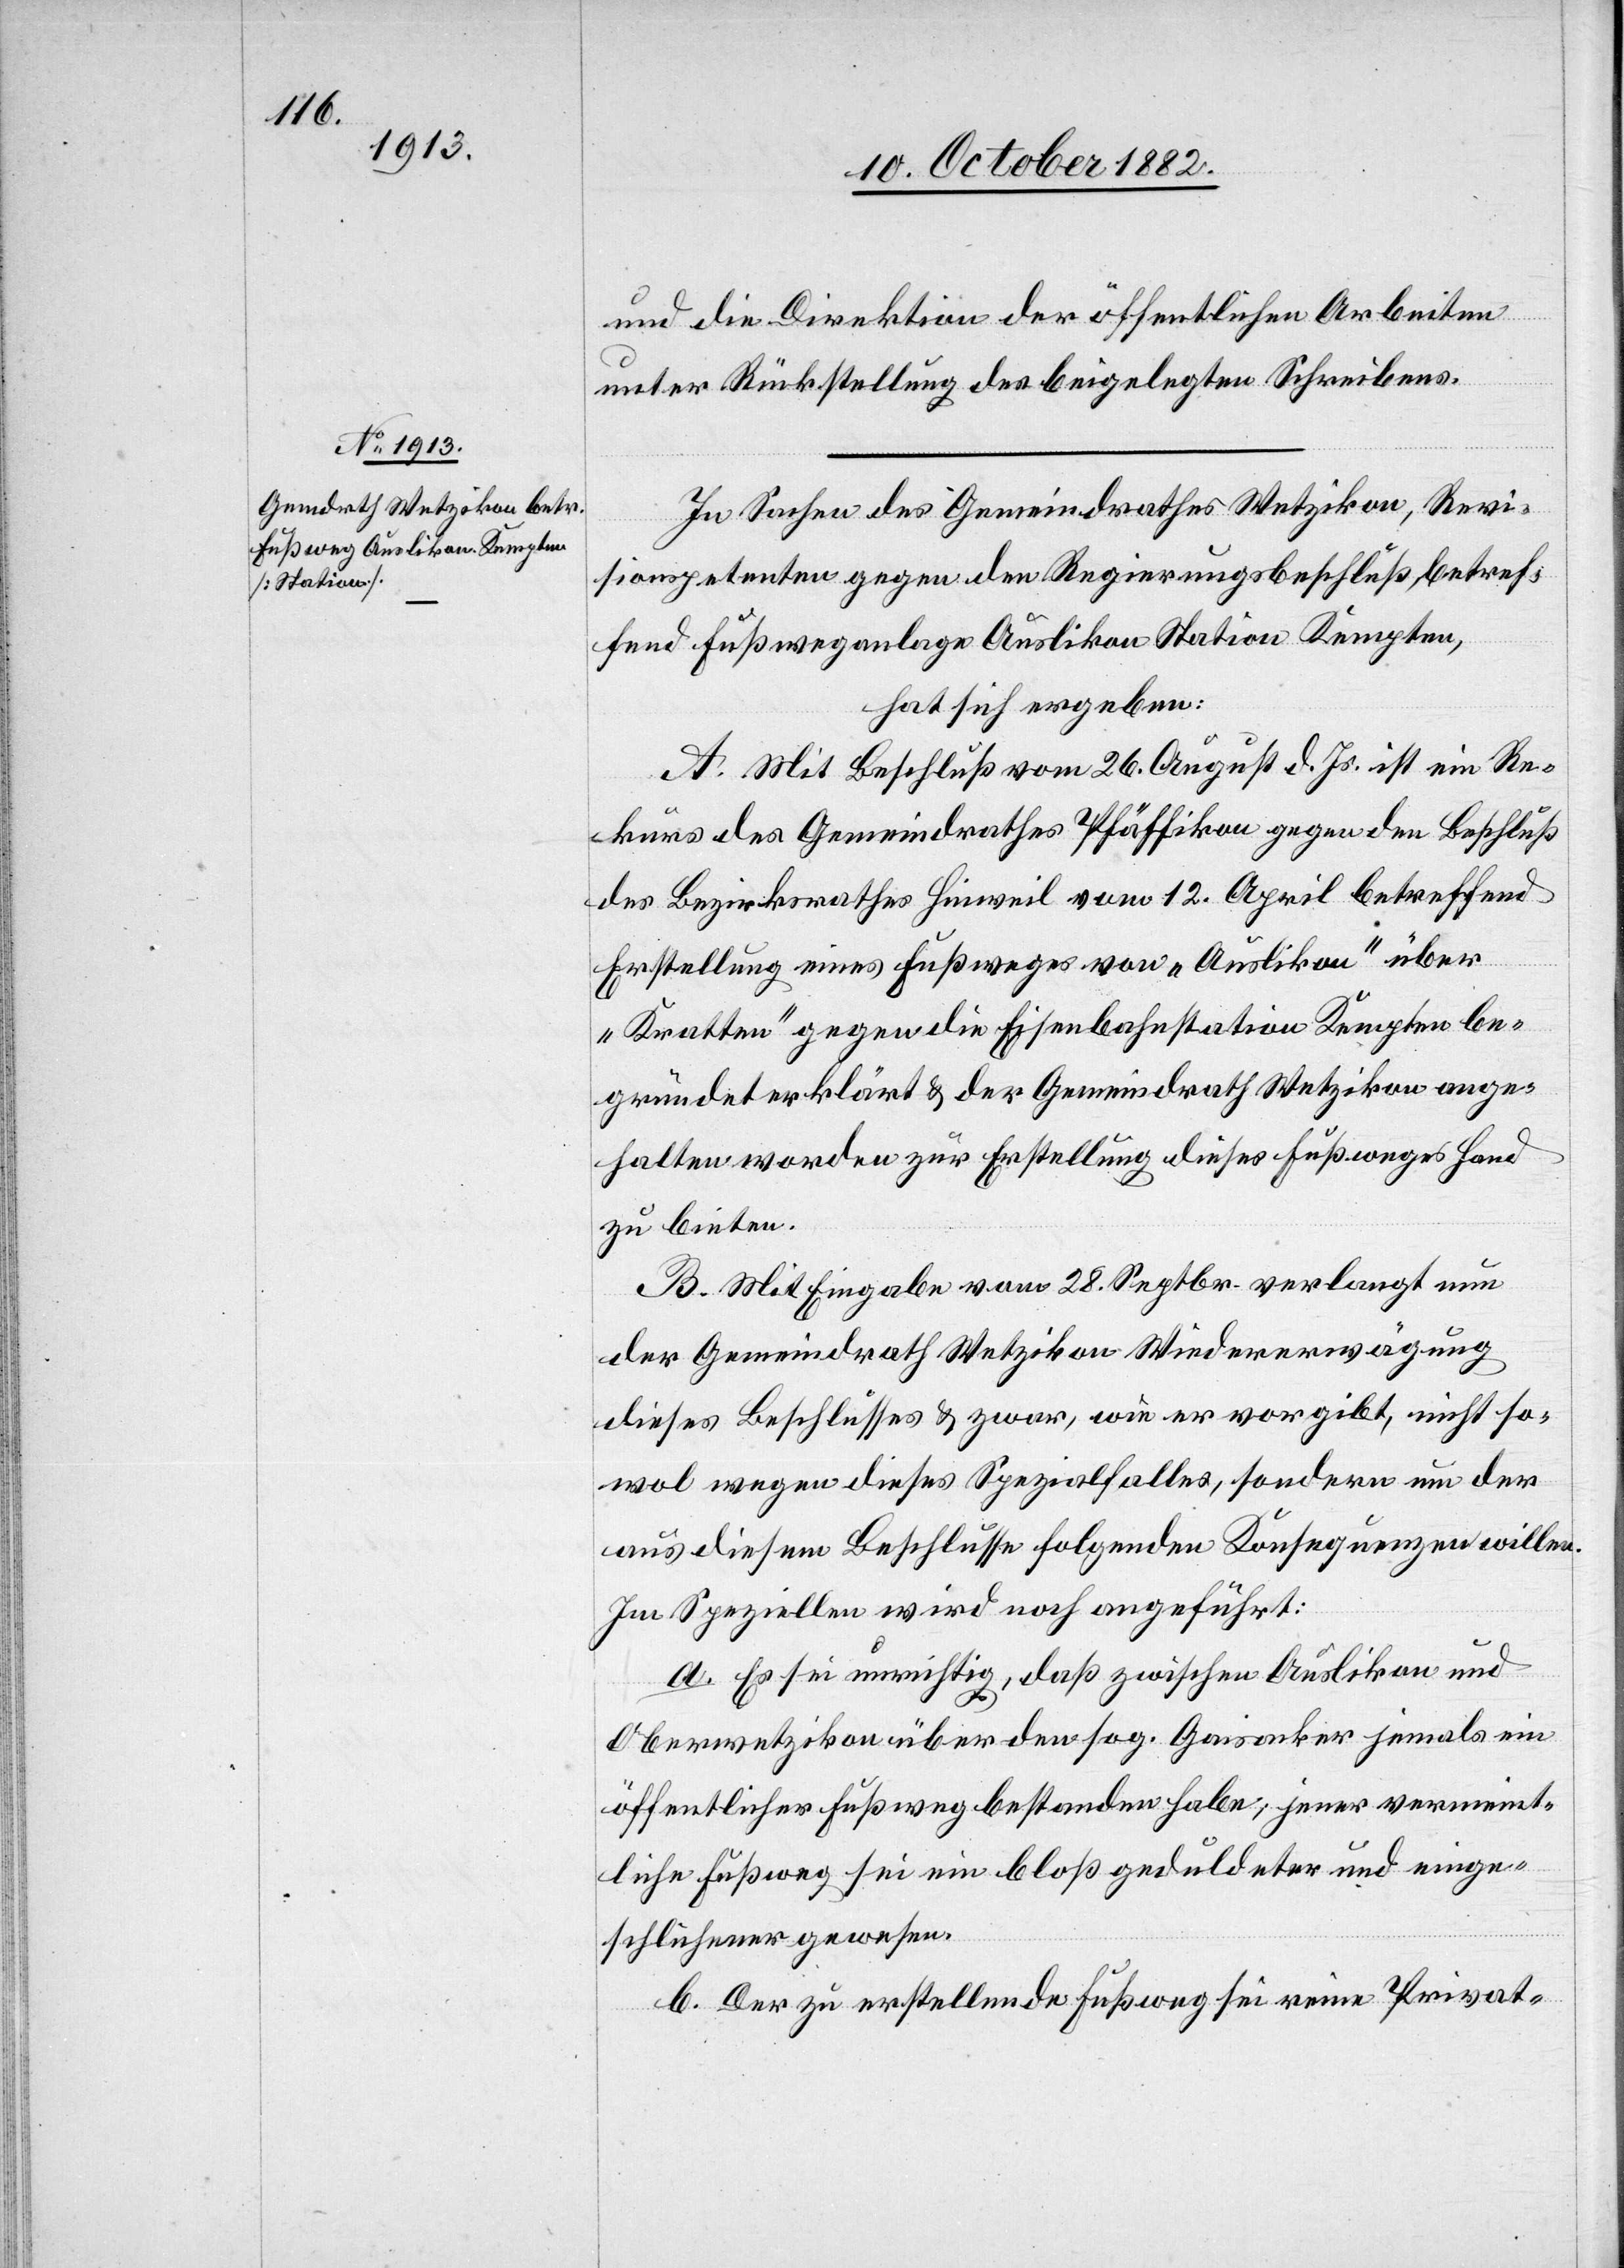
und die Direktion der öffentlichen Arbeiten
unter Rückstellung des beigelegten Schreibens.
In Sachen des Gemeindrathes Wetzikon, Revi¬
sionspetenten gegen den Regierungsbeschluß, betref¬
fend Fußweganlage Auslikon Station Kempten,
hat sich ergeben:
A. Mit Beschluß vom 26. August d. Js. ist ein Re¬
kurs des Gemeindrathes Pfäffikon gegen den Beschluß
des Bezirksrathes Hinweil vom 12. April betreffend
Erstellung eines Fußweges von „Auslikon“ über
„Kratten“ gegen die Eisenbahnstation Kempten be¬
gründet erklärt & der Gemeindrath Wetzikon ange¬
halten worden zur Erstellung dieses Fußweges Hand
zu bieten.
B. Mit Eingabe vom 28. Septbr. verlangt nun
der Gemeindrath Wetzikon Wiedererwägung
dieses Beschlusses & zwar, wie er vorgibt, nicht so¬
wol wegen dieses Spezialfalles, sondern um der
aus diesem Beschlusse folgenden Konsequenzen willen.
Im Speziellen wird noch angeführt:
a. Es sei unrichtig, daß zwischen Auslikon und
Oberwetzikon über den sog. Gaisacker jemals ein
öffentlicher Fußweg bestanden habe; jener vermeint¬
liche Fußweg sei ein bloß geduldeter und einge¬
schlichener gewesen.
b. Der zu erstellende Fußweg sei reine Privat-